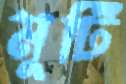
মুটি